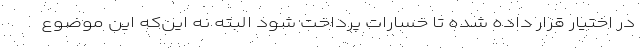
در اختیار قرار داده شده تا خسارات پرداخت شود البته نه این‌که این موضوع